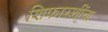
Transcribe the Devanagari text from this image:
शिफारशींचा